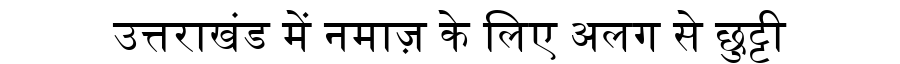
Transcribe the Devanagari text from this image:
उत्तराखंड में नमाज़ के लिए अलग से छुट्टी